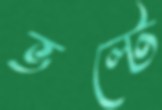
ভল্টে